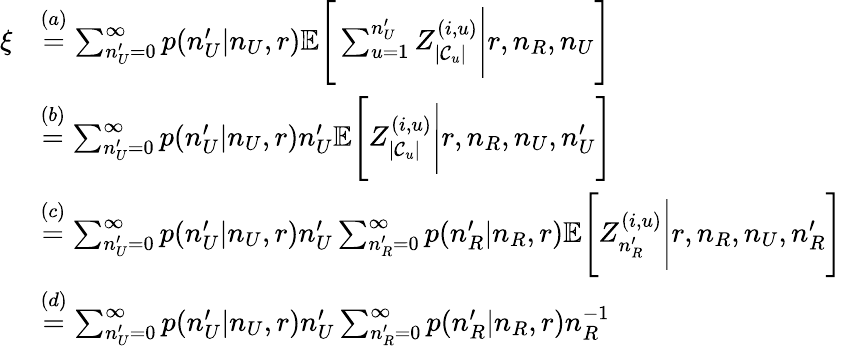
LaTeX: \begin{array}{rl}{\xi}&{\stackrel{(a)}{=}\sum_{n_{U}^{\prime}=0}^{\infty}p(n_{U}^{\prime}|n_{U},r)\mathbb{E}\Bigg[\sum_{u=1}^{n_{U}^{\prime}}Z_{|\mathcal{C}_{u}|}^{(i,u)}\Bigg|r,n_{R},n_{U}\Bigg]}\\ &{\stackrel{(b)}{=}\sum_{n_{U}^{\prime}=0}^{\infty}p(n_{U}^{\prime}|n_{U},r)n_{U}^{\prime}\mathbb{E}\Bigg[Z_{|\mathcal{C}_{u}|}^{(i,u)}\Bigg|r,n_{R},n_{U},n_{U}^{\prime}\Bigg]}\\ &{\stackrel{(c)}{=}\sum_{n_{U}^{\prime}=0}^{\infty}p(n_{U}^{\prime}|n_{U},r)n_{U}^{\prime}\sum_{n_{R}^{\prime}=0}^{\infty}p(n_{R}^{\prime}|n_{R},r)\mathbb{E}\Bigg[Z_{n_{R}^{\prime}}^{(i,u)}\Bigg|r,n_{R},n_{U},n_{R}^{\prime}\Bigg]}\\ &{\stackrel{(d)}{=}\sum_{n_{U}^{\prime}=0}^{\infty}p(n_{U}^{\prime}|n_{U},r)n_{U}^{\prime}\sum_{n_{R}^{\prime}=0}^{\infty}p(n_{R}^{\prime}|n_{R},r)n_{R}^{-1}}\end{array}